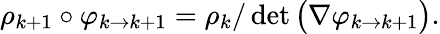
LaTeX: \rho_{k+1}\circ\varphi_{k\to k+1}=\rho_{k}/\operatorname*{det}\big(\nabla\varphi_{k\to k+1}\big).